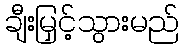
ချီးမြှင့်သွားမည်